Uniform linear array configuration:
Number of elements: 64
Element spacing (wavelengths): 0.25
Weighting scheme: hamming
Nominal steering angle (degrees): -45
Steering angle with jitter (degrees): -45.381
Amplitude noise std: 0.05
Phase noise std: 0.05

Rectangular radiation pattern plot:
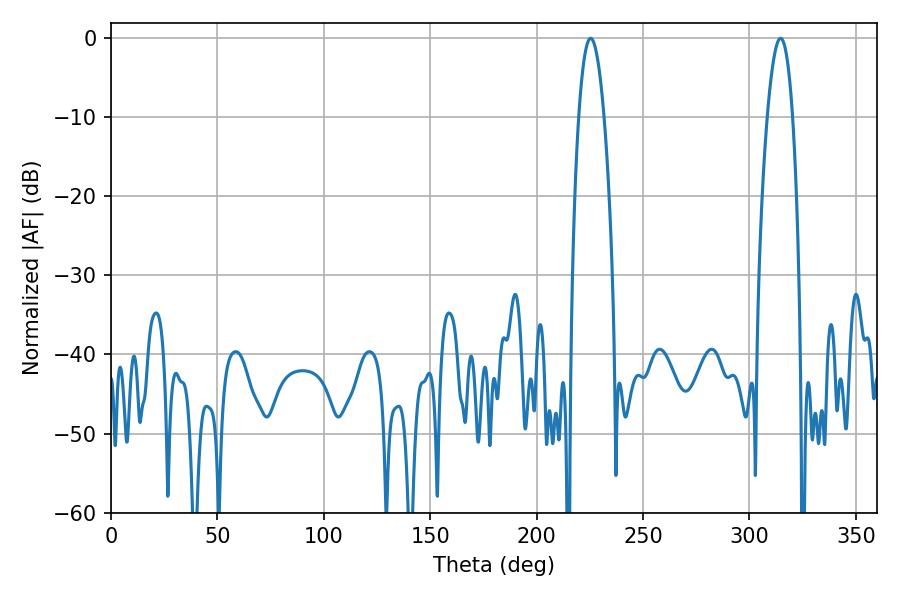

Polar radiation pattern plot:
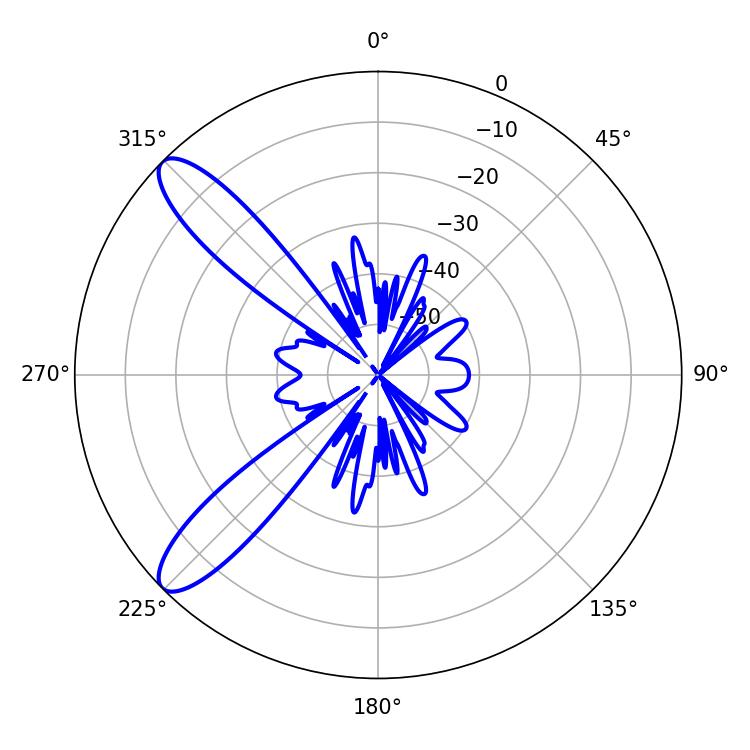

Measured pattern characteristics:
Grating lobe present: FALSE
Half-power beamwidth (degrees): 6.66
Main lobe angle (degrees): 225.36